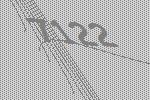
7122